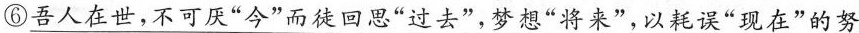
⑥吾人在世，不可厌”今”而徒回思”过去”，梦想”将来”，以耗误”现在”的努